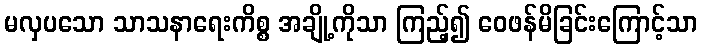
မလှပသော သာသနာရေးကိစ္စ အချို့ကိုသာ ကြည့်၍ ဝေဖန်မိခြင်းကြောင့်သာ